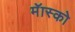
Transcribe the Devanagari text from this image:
मॅास्को